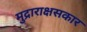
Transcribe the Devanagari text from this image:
मुद्राराक्षसकार